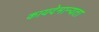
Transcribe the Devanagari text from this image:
कायदेमान्यता